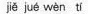
jiě jué wèn tí